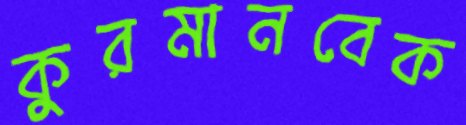
কুরমানবেক